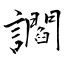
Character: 讇